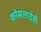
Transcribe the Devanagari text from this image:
कोसलादेवी